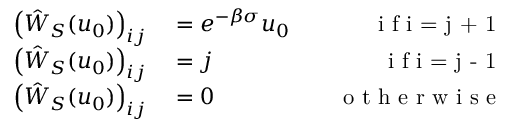
\begin{array} { r l r } { \left( \hat { W } _ { S } ( u _ { 0 } ) \right) _ { i j } } & { { } = e ^ { - \beta \sigma } u _ { 0 } \quad } & { \textrm { i f i = j + 1 } } \\ { \left( \hat { W } _ { S } ( u _ { 0 } ) \right) _ { i j } } & { { } = j \quad } & { \textrm { i f i = j - 1 } } \\ { \left( \hat { W } _ { S } ( u _ { 0 } ) \right) _ { i j } } & { { } = 0 \quad } & { \textrm { o t h e r w i s e } } \end{array}